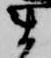
ま